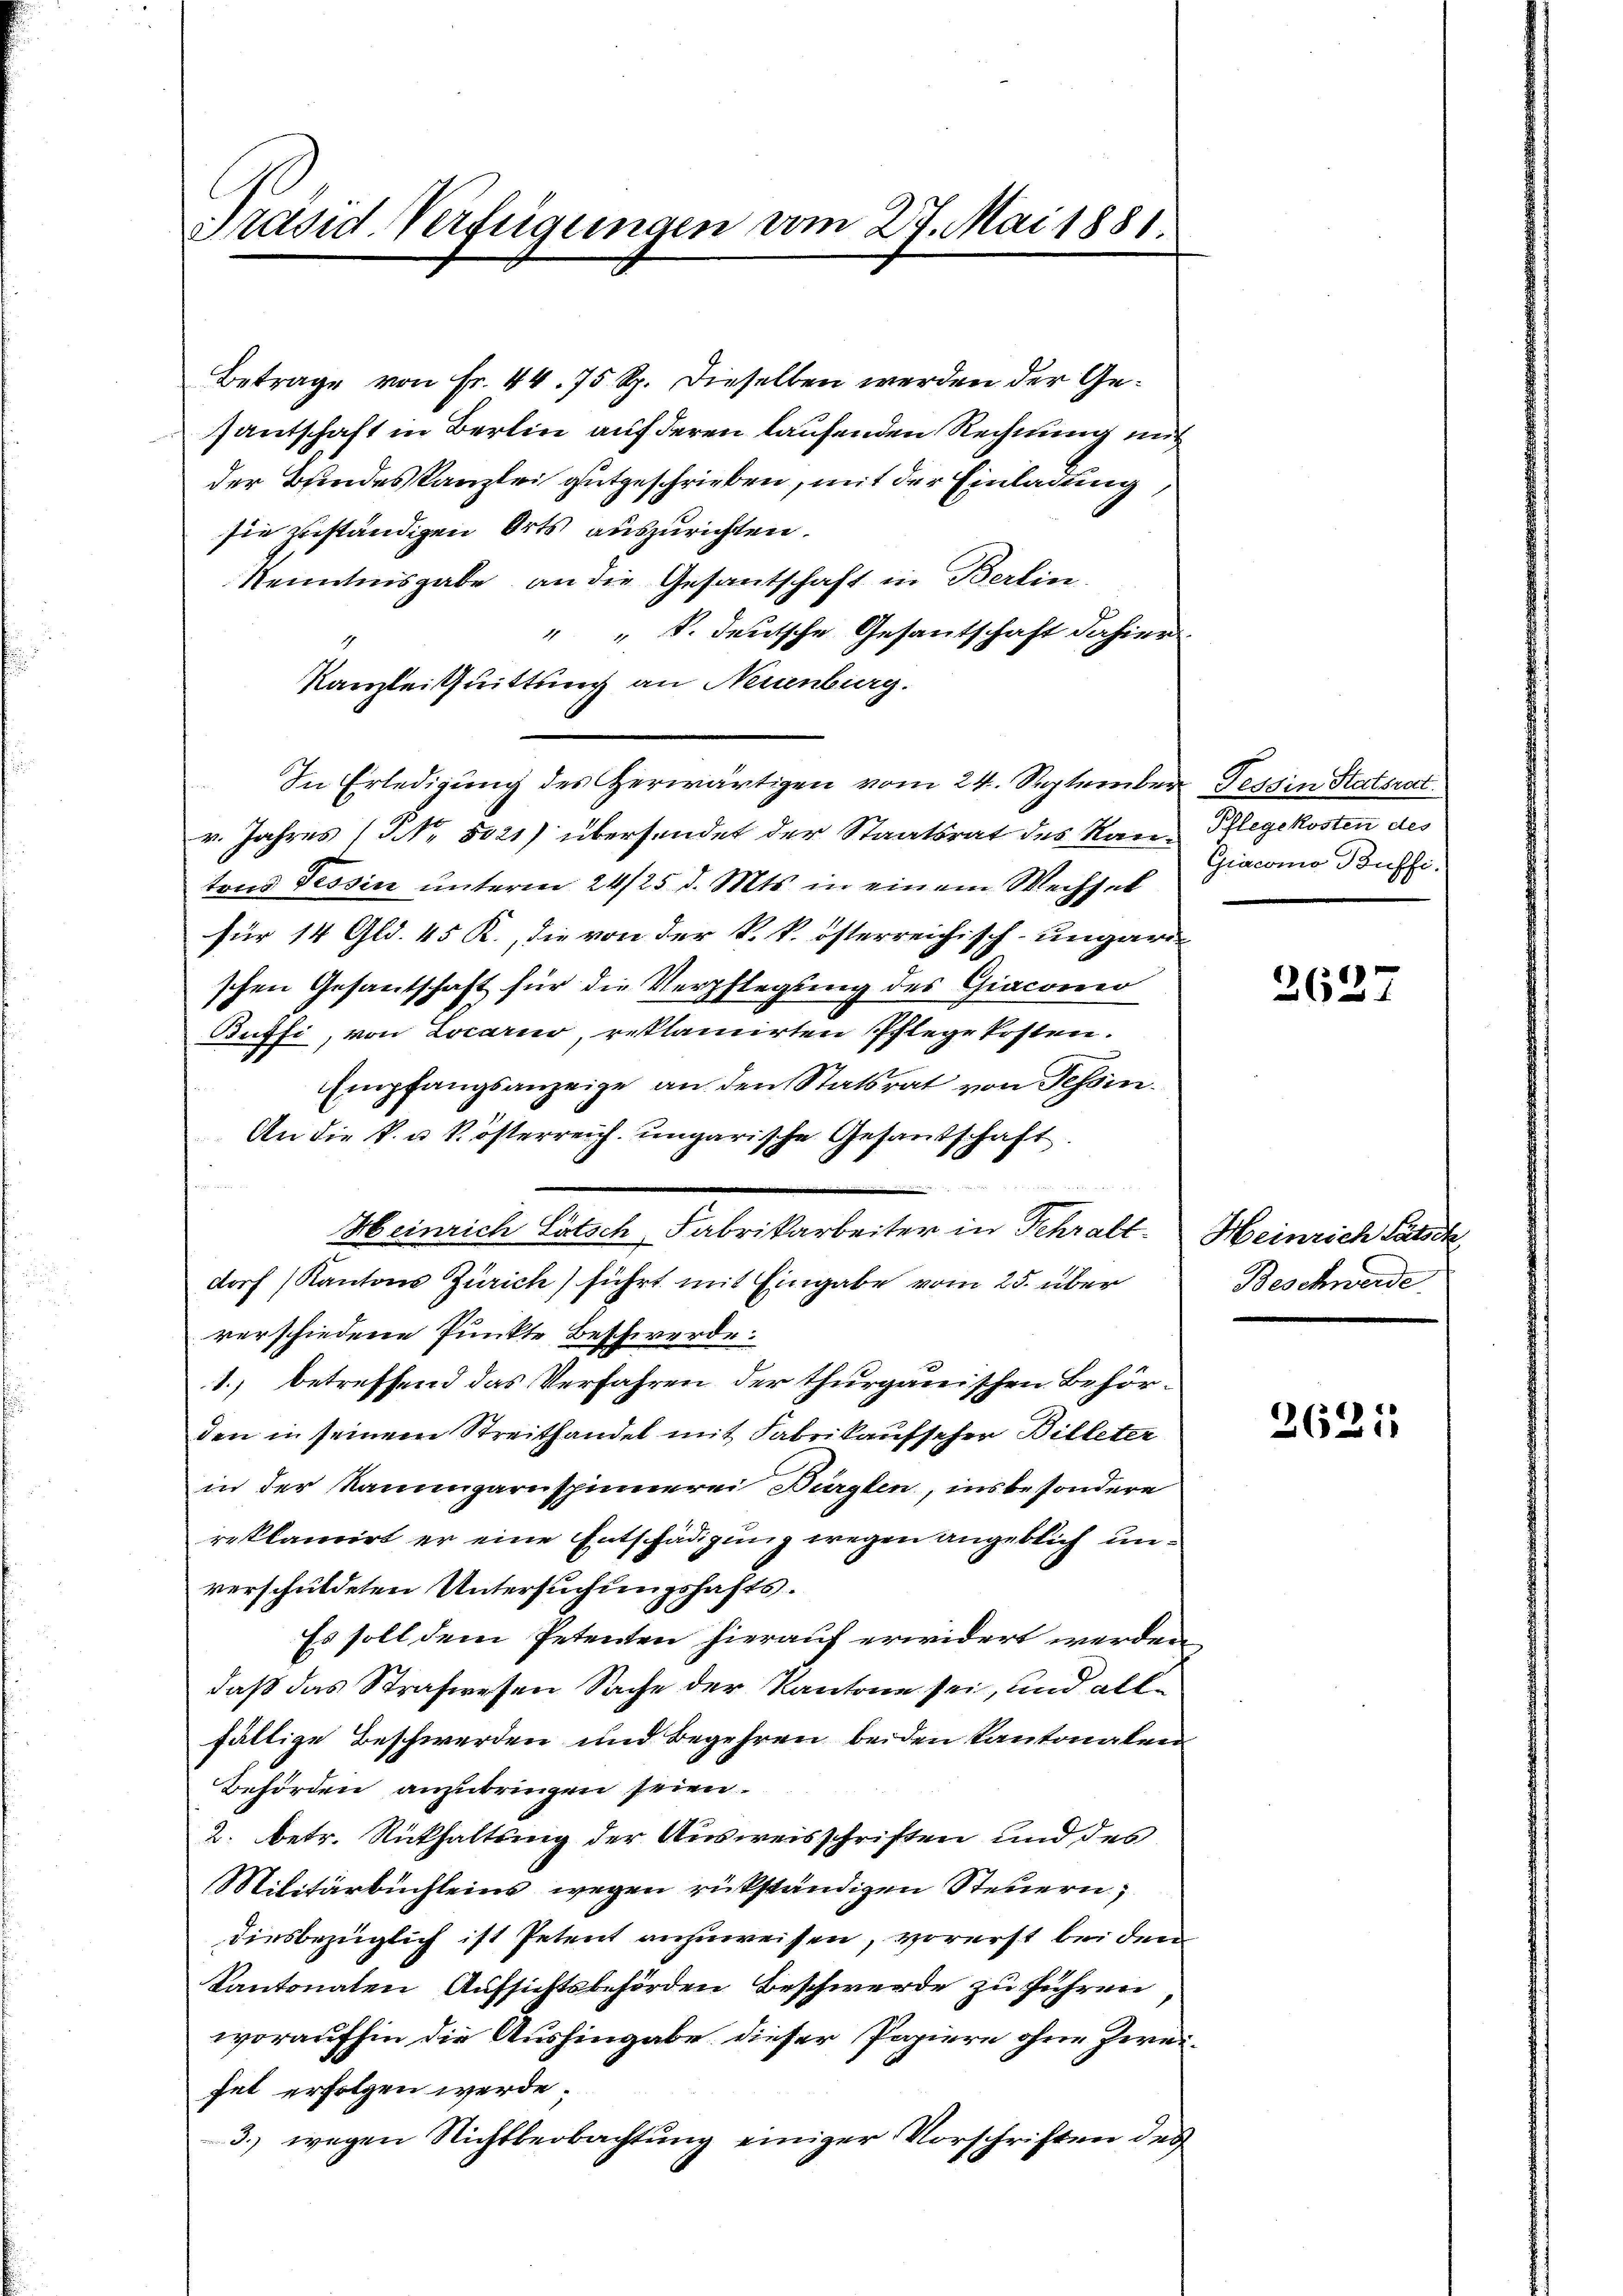
Präsid. Verfügungen vom 27. Mai 1881.

Betrage von Fr. 44. 75 Rp. dieselben werden der Gesantschaft in Berlin auf deren laufenden Rechnung mit
der Bundeskanzlei gutgeschrieben, mit der Einladung,
sie zuständigen Orts auszurichten.
Kenntnisgabe an die Gesantschaft in Berlin.
" " S. deutsche Gesantschaft dahier.
Kanzlei Quittung an Neuenburg.
In Erledigung des Herwärtigen vom 24. September Tessin Statsrat
r. Jahres (NNo. 5021) übersendet der Staatsrat des Stanz Pflegekosten des
tons Tessin unterm 24/25. d. Mts. in einem Wechsel
für 14 Gld. 45 K., die von der k. k. österreichisch-ungarischen Gesantschaft für die Verpflegung des Giaconio
Büffi, von Locarno, reklamirten Pflege Ersten.
Empfangsanzeige an den Statsrat von Tessin.
An die k. u. k. österreich. ungarische Gesandschaft
Heinrich Lötsch, Fabrikarbeiter in Schralt. Heinrich Lätsch
dorf (Kantons Zürich führt mit Eingabe vom 25. über
verschiedene Punkte Beschwerde.
1.) betreffend das Verfahren der thurgauischen Behör-
den in seinem Streithandel mit Fabrikaufscher Billeter
in der Rangarnspinnerei Bürglen, insbesondere
reklamirt er eine Entschädigung wegen angeblich unverschuldeten Untersuchungshafts¬
Es soll dem Petenten hierauf erwidert werden
daß das Strafwesen Sache der Kantone sei, und allfällige Beschwerden und Begehren beiden Kantonalen
Behörden anzubringen seien.
2. betr. Rückhaltung der Ausweisschriften und des
Militärbuchleins wegen rükständigen Steuern;
diesbezüglich ist Petent anzuweisen, vorerst bei dem
Kantonalen Aufsichtsbehörden Beschwerde zu führen
woraufhin die Aushingabe dieser Papiere ohne Zweihet erfolgen werde.
3.) wegen Richtbeobachtung einiger Vorschriften des

Giacomo Puffi.

2627

Beschwerde

2625